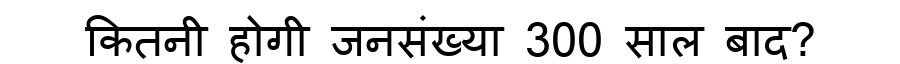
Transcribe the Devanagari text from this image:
कितनी होगी जनसंख्या 300 साल बाद?